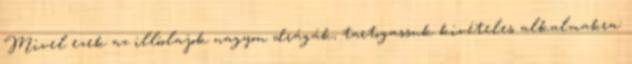
Mivel ezek az illóolajok nagyon drágák, tartogassuk kivételes alkalmakra: